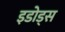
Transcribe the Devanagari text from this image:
इडोड्स